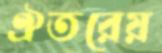
ঐতরেয়